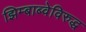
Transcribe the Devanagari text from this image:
झिम्बाब्वेविरुद्ध